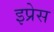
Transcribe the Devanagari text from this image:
इप्रेस